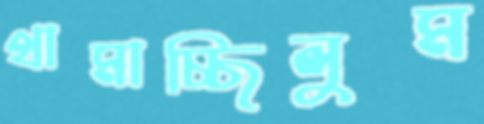
থামাচ্ছিলুম